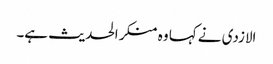
الازدی نے کہا وہ منکر الحدیث ہے۔